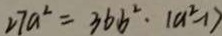
2 7 a ^ { 2 } = 3 6 b ^ { 2 } \cdot ( a ^ { 2 } - 1 )